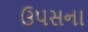
ઉપસના